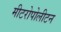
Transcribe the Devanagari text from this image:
मीटरोपोलीटन